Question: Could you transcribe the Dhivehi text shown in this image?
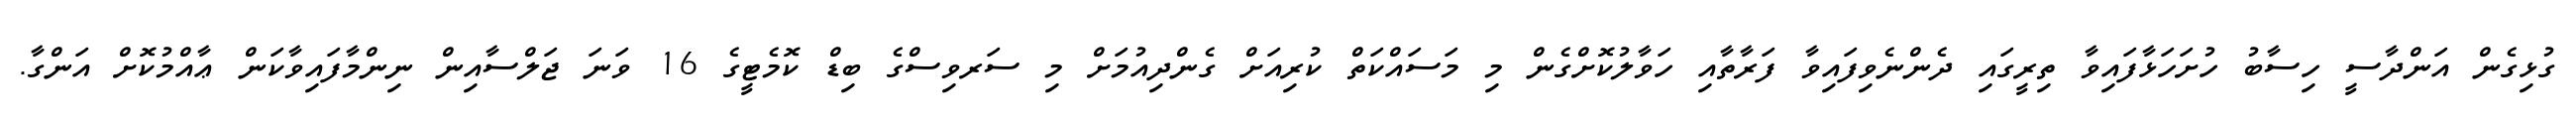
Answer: ގުޅިގެން އަންދާސީ ހިސާބު ހުށަހަޅާފައިވާ ތިރީގައި ދެންނެވިފައިވާ ފަރާތާއި ހަވާލުކޮށްގެން މި މަސައްކަތް ކުރިއަށް ގެންދިއުމަށް މި ސަރވިސްގެ ބިޑް ކޮމެޓީގެ 16 ވަނަ ޖަލްސާއިން ނިންމާފައިވާކަން ޢާއްމުކޮށް އަންގާ.